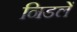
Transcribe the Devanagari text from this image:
निडलें